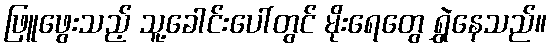
ဖြူဖွေးသည့် သူ့ခေါင်းပေါ်တွင် မိုးရေတွေ ရွှဲနေသည်။